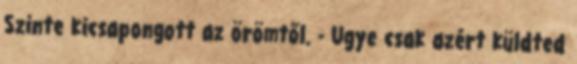
Szinte kicsapongott az örömtől. - Ugye csak azért küldted